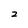
Character: 2